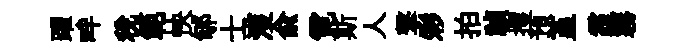
躍畔税範怏郇士濩兪霓斯人撃彩拍禎攫預堇霾霧